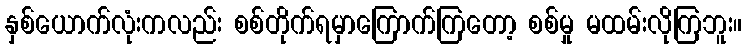
နှစ်ယောက်လုံးကလည်း စစ်တိုက်ရမှာကြောက်ကြတော့ စစ်မှု မထမ်းလိုကြဘူး။